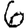
Digit: 6